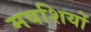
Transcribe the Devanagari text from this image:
मवशियों